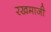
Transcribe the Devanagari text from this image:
रखमाजी